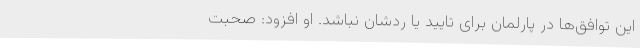
این توافق‌ها در پارلمان برای تایید یا ردشان نباشد. او افزود: صحبت